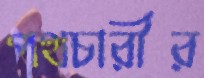
পথচারীর